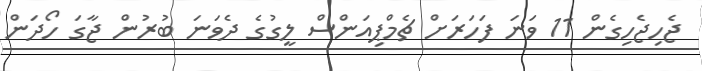
ޖެހިޖެހިގެން 11 ވަނަ ފަހަރަށް ޗެމްޕިއަންސް ލީގުގެ ދެވަނަ ބުރުން ޖާގަ ހޯދަން